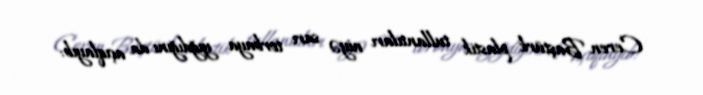
Ceren Baştürk plastik tullantıları niyə sarı torbaya yığdığını da açıqlayıb: